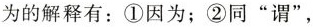
为的解释有：①因为；②同”谓”，